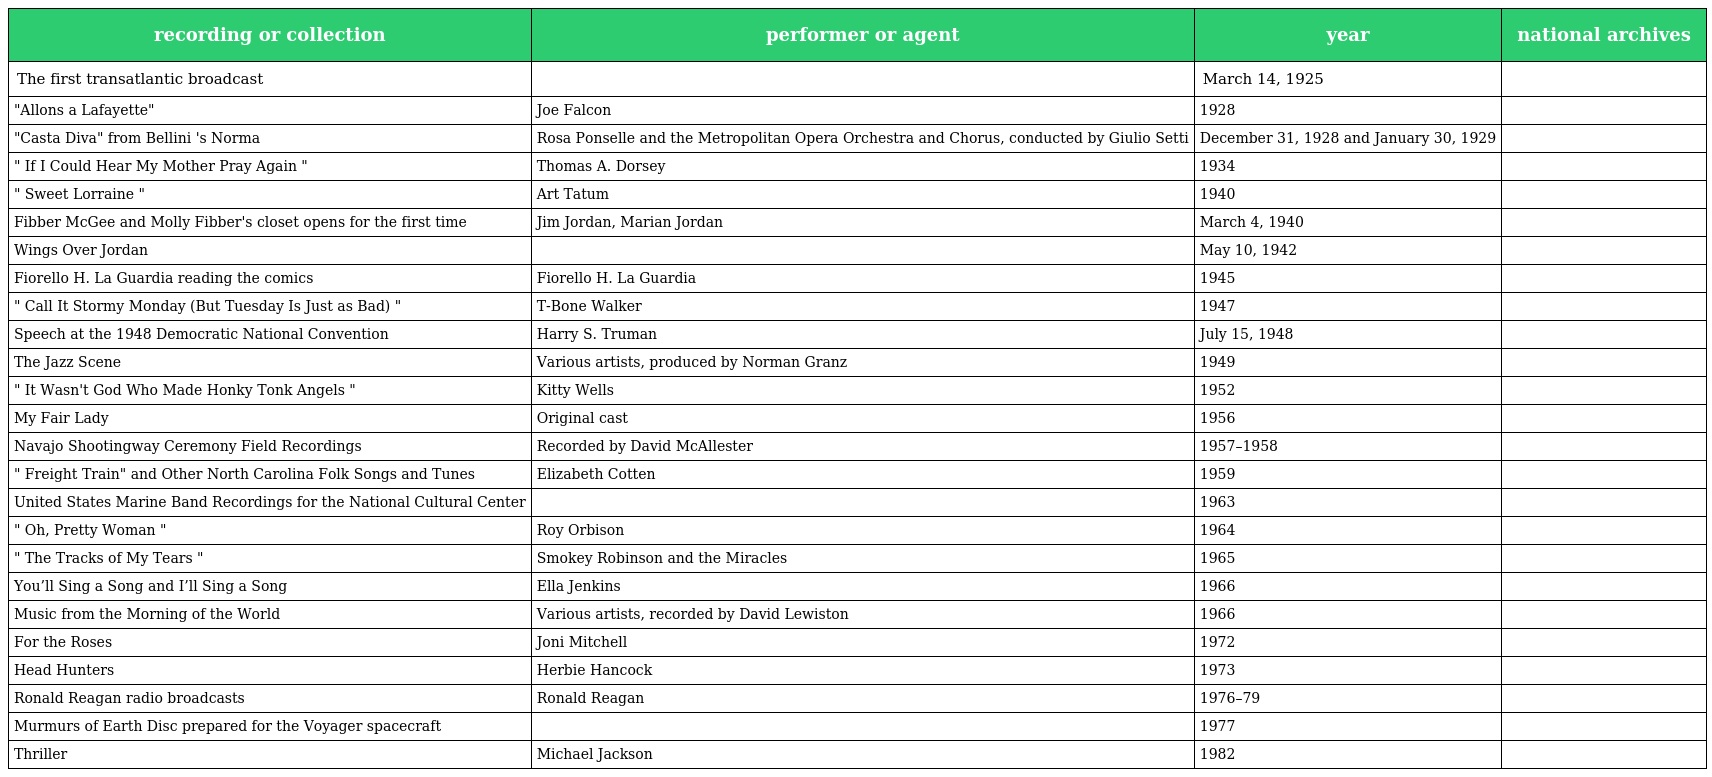
| recording or collection | performer or agent | year | national archives |
 | --- | --- | --- | --- |
 | The first transatlantic broadcast |  | March 14, 1925 |  |
 | "Allons a Lafayette" | Joe Falcon | 1928 |  |
 | "Casta Diva" from Bellini 's Norma | Rosa Ponselle and the Metropolitan Opera Orchestra and Chorus, conducted by Giulio Setti | December 31, 1928 and January 30, 1929 |  |
 | " If I Could Hear My Mother Pray Again " | Thomas A. Dorsey | 1934 |  |
 | " Sweet Lorraine " | Art Tatum | 1940 |  |
 | Fibber McGee and Molly Fibber's closet opens for the first time | Jim Jordan, Marian Jordan | March 4, 1940 |  |
 | Wings Over Jordan |  | May 10, 1942 |  |
 | Fiorello H. La Guardia reading the comics | Fiorello H. La Guardia | 1945 |  |
 | " Call It Stormy Monday (But Tuesday Is Just as Bad) " | T-Bone Walker | 1947 |  |
 | Speech at the 1948 Democratic National Convention | Harry S. Truman | July 15, 1948 |  |
 | The Jazz Scene | Various artists, produced by Norman Granz | 1949 |  |
 | " It Wasn't God Who Made Honky Tonk Angels " | Kitty Wells | 1952 |  |
 | My Fair Lady | Original cast | 1956 |  |
 | Navajo Shootingway Ceremony Field Recordings | Recorded by David McAllester | 1957–1958 |  |
 | " Freight Train" and Other North Carolina Folk Songs and Tunes | Elizabeth Cotten | 1959 |  |
 | United States Marine Band Recordings for the National Cultural Center |  | 1963 |  |
 | " Oh, Pretty Woman " | Roy Orbison | 1964 |  |
 | " The Tracks of My Tears " | Smokey Robinson and the Miracles | 1965 |  |
 | You’ll Sing a Song and I’ll Sing a Song | Ella Jenkins | 1966 |  |
 | Music from the Morning of the World | Various artists, recorded by David Lewiston | 1966 |  |
 | For the Roses | Joni Mitchell | 1972 |  |
 | Head Hunters | Herbie Hancock | 1973 |  |
 | Ronald Reagan radio broadcasts | Ronald Reagan | 1976–79 |  |
 | Murmurs of Earth Disc prepared for the Voyager spacecraft |  | 1977 |  |
 | Thriller | Michael Jackson | 1982 |  |